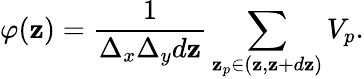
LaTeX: \varphi(\mathbf{z})=\frac{{1}}{{\Delta_{x}\Delta_{y}d\mathbf{z}}}\sum_{\mathbf{z}_{p}\in(\mathbf{z},\mathbf{z}+d\mathbf{z})}V_{p}.